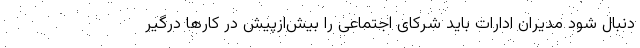
دنبال شود مدیران ادارات باید شرکای اجتماعی را بیش‌ازپیش در کارها درگیر